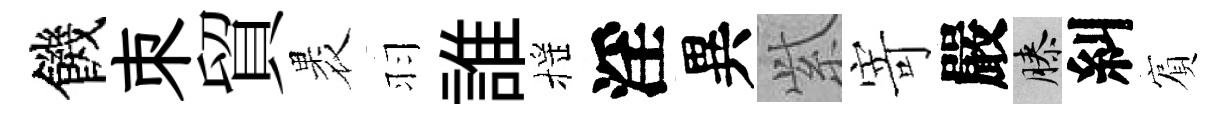
饑朿貿褁羽誰摇淫異𬗋寄嚴膝糾賔